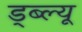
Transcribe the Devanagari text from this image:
ड्ब्ल्यू